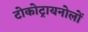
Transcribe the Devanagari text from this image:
टोकोट्रायनोलों